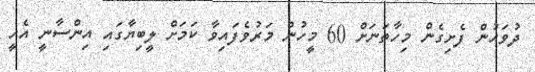
ދުވަހުން ފެށިގެން މިހާތަނަށް 60 މީހުން މަރުވެފައިވާ ކަމަށް ލީބިޔާގައި އިންސާނީ އެހީ